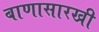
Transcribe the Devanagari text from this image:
बाणासारखी